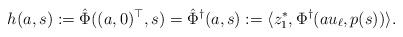
LaTeX: \begin{align*} h(a,s) := \hat \Phi((a,0)^\top,s) = \hat \Phi^\dagger(a,s) := \langle z_1^*, \Phi^\dagger(au_\ell, p(s))\rangle.\end{align*}